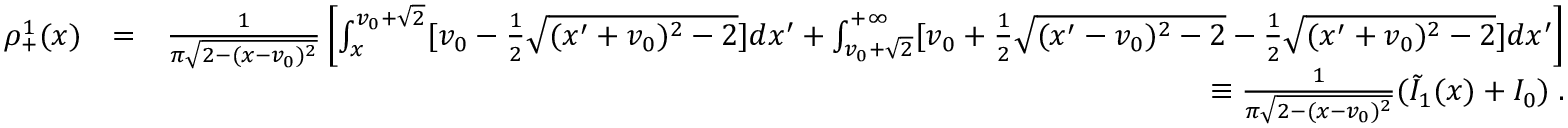
\begin{array} { r l r } { \rho _ { + } ^ { 1 } ( x ) } & { = } & { \frac { 1 } { \pi \sqrt { 2 - ( x - v _ { 0 } ) ^ { 2 } } } \left[ \int _ { x } ^ { v _ { 0 } + \sqrt { 2 } } [ v _ { 0 } - \frac { 1 } { 2 } \sqrt { ( x ^ { \prime } + v _ { 0 } ) ^ { 2 } - 2 } ] d x ^ { \prime } + \int _ { v _ { 0 } + \sqrt { 2 } } ^ { + \infty } [ v _ { 0 } + \frac { 1 } { 2 } \sqrt { ( x ^ { \prime } - v _ { 0 } ) ^ { 2 } - 2 } - \frac { 1 } { 2 } \sqrt { ( x ^ { \prime } + v _ { 0 } ) ^ { 2 } - 2 } ] d x ^ { \prime } \right] } \\ & { } & { \equiv \frac { 1 } { \pi \sqrt { 2 - ( x - v _ { 0 } ) ^ { 2 } } } ( \tilde { I } _ { 1 } ( x ) + I _ { 0 } ) \; . } \end{array}